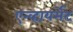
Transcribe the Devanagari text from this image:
एन्व्हायर्मेट